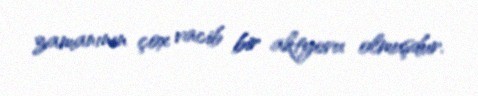
zamanının çox vacib bir aktyoru olmuşdur.